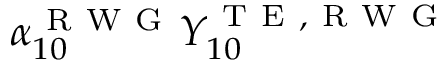
\alpha _ { 1 0 } ^ { \mathrm { ~ R ~ W ~ G ~ } } Y _ { 1 0 } ^ { \mathrm { ~ T ~ E ~ } , \mathrm { ~ R ~ W ~ G ~ } }